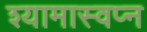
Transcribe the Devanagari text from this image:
श्यामास्वप्न